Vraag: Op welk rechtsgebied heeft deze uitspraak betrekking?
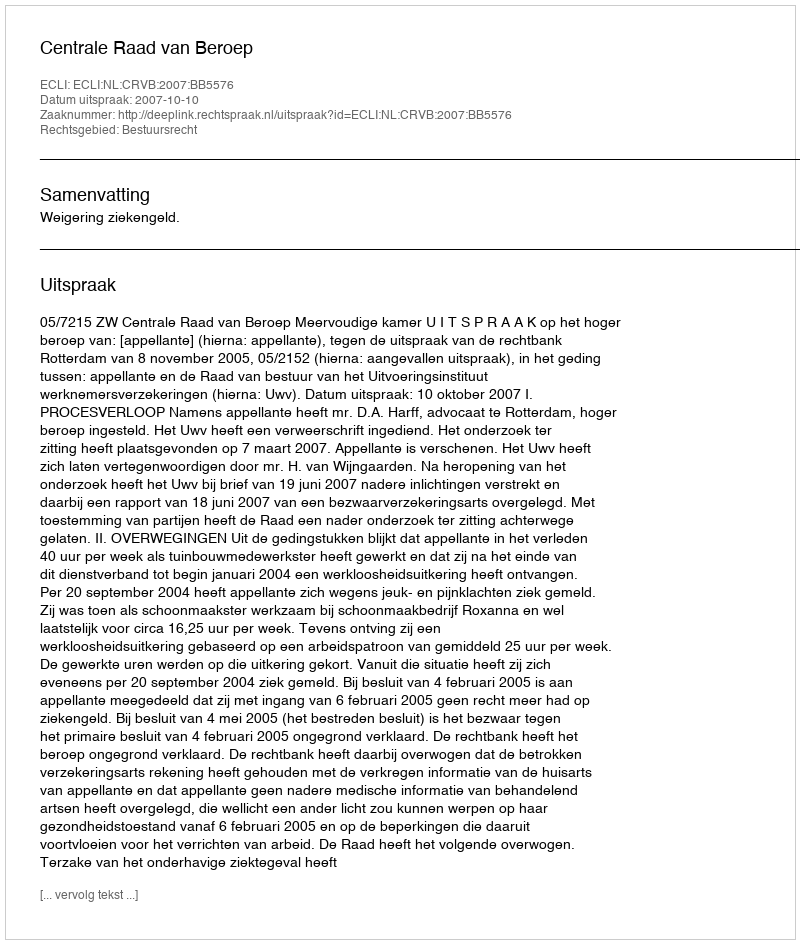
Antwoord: Bestuursrecht